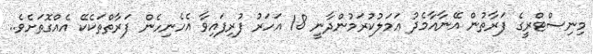
މިނިސްޓްރީގެ ފަރާތުން އޭނާއާމެދު ޢަމަލުކުރަމުންދާނީ 18 އަހަރު ފުރިފައިވާ އެހެނިހެން ފަރާތްތަކެކޭ އެއްގޮތަށެވެ..